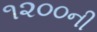
૧૨૦૦ની